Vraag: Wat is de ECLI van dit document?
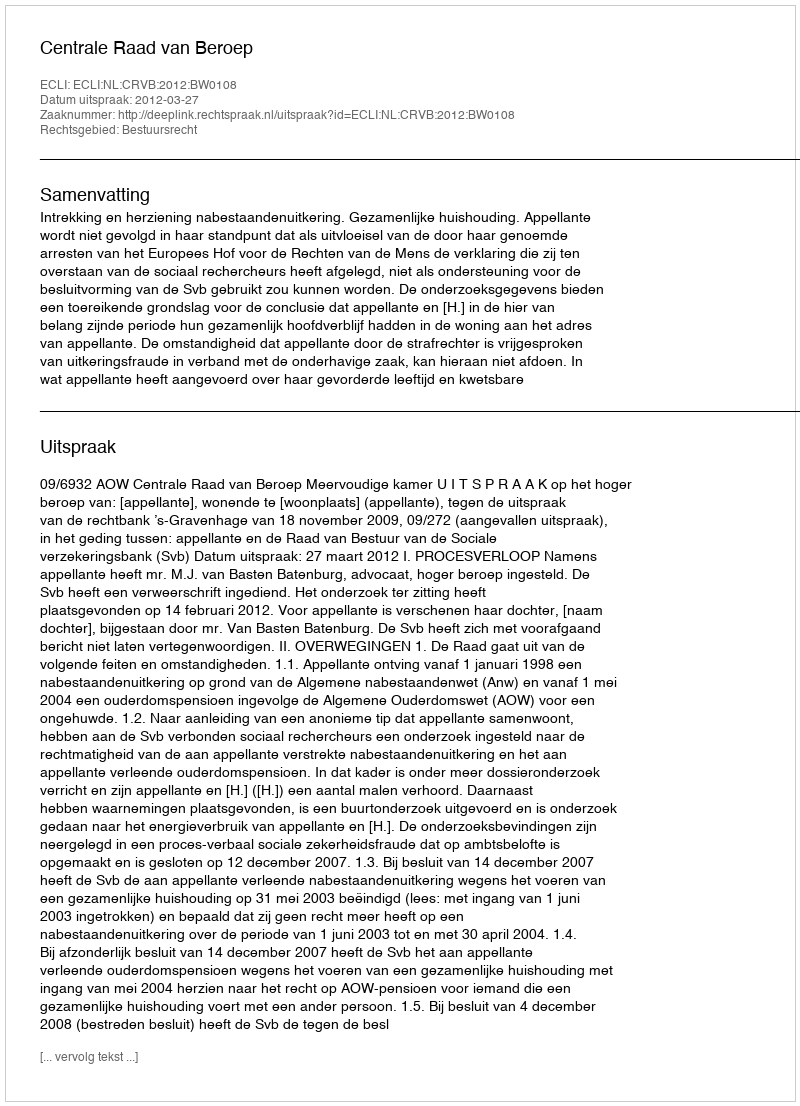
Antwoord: ECLI:NL:CRVB:2012:BW0108